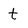
Character: t